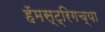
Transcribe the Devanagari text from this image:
हॅमस्ट्रिगच्या